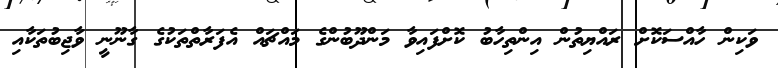
ވަކިން ހާއްސަކޮށް ރައްޔިތުން އިންތިހާބު ކޮށްފައިވާ މަންދޫބުންގެ މައްޗައް އެފަރާތްތަކުގެ ގާނޫނީ ވާޖިބުތަކާއި